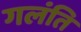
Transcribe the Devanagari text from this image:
गलंति